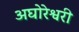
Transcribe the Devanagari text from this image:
अघोरेश्वरी